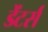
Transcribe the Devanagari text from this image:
डेंटर्स